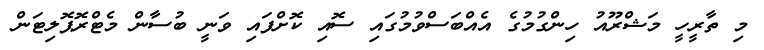
މި ތާރީހީ މަޝްރޫއު ހިންގުމުގެ އެއްބަސްވުމުގައި ސޮއި ކޮށްފައި ވަނީ ބުސާން މެޓްރޮޕޮލިޓަން